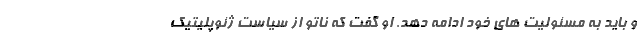
و باید به مسئولیت های خود ادامه دهد. او گفت که ناتو از سیاست ژئوپلیتیک